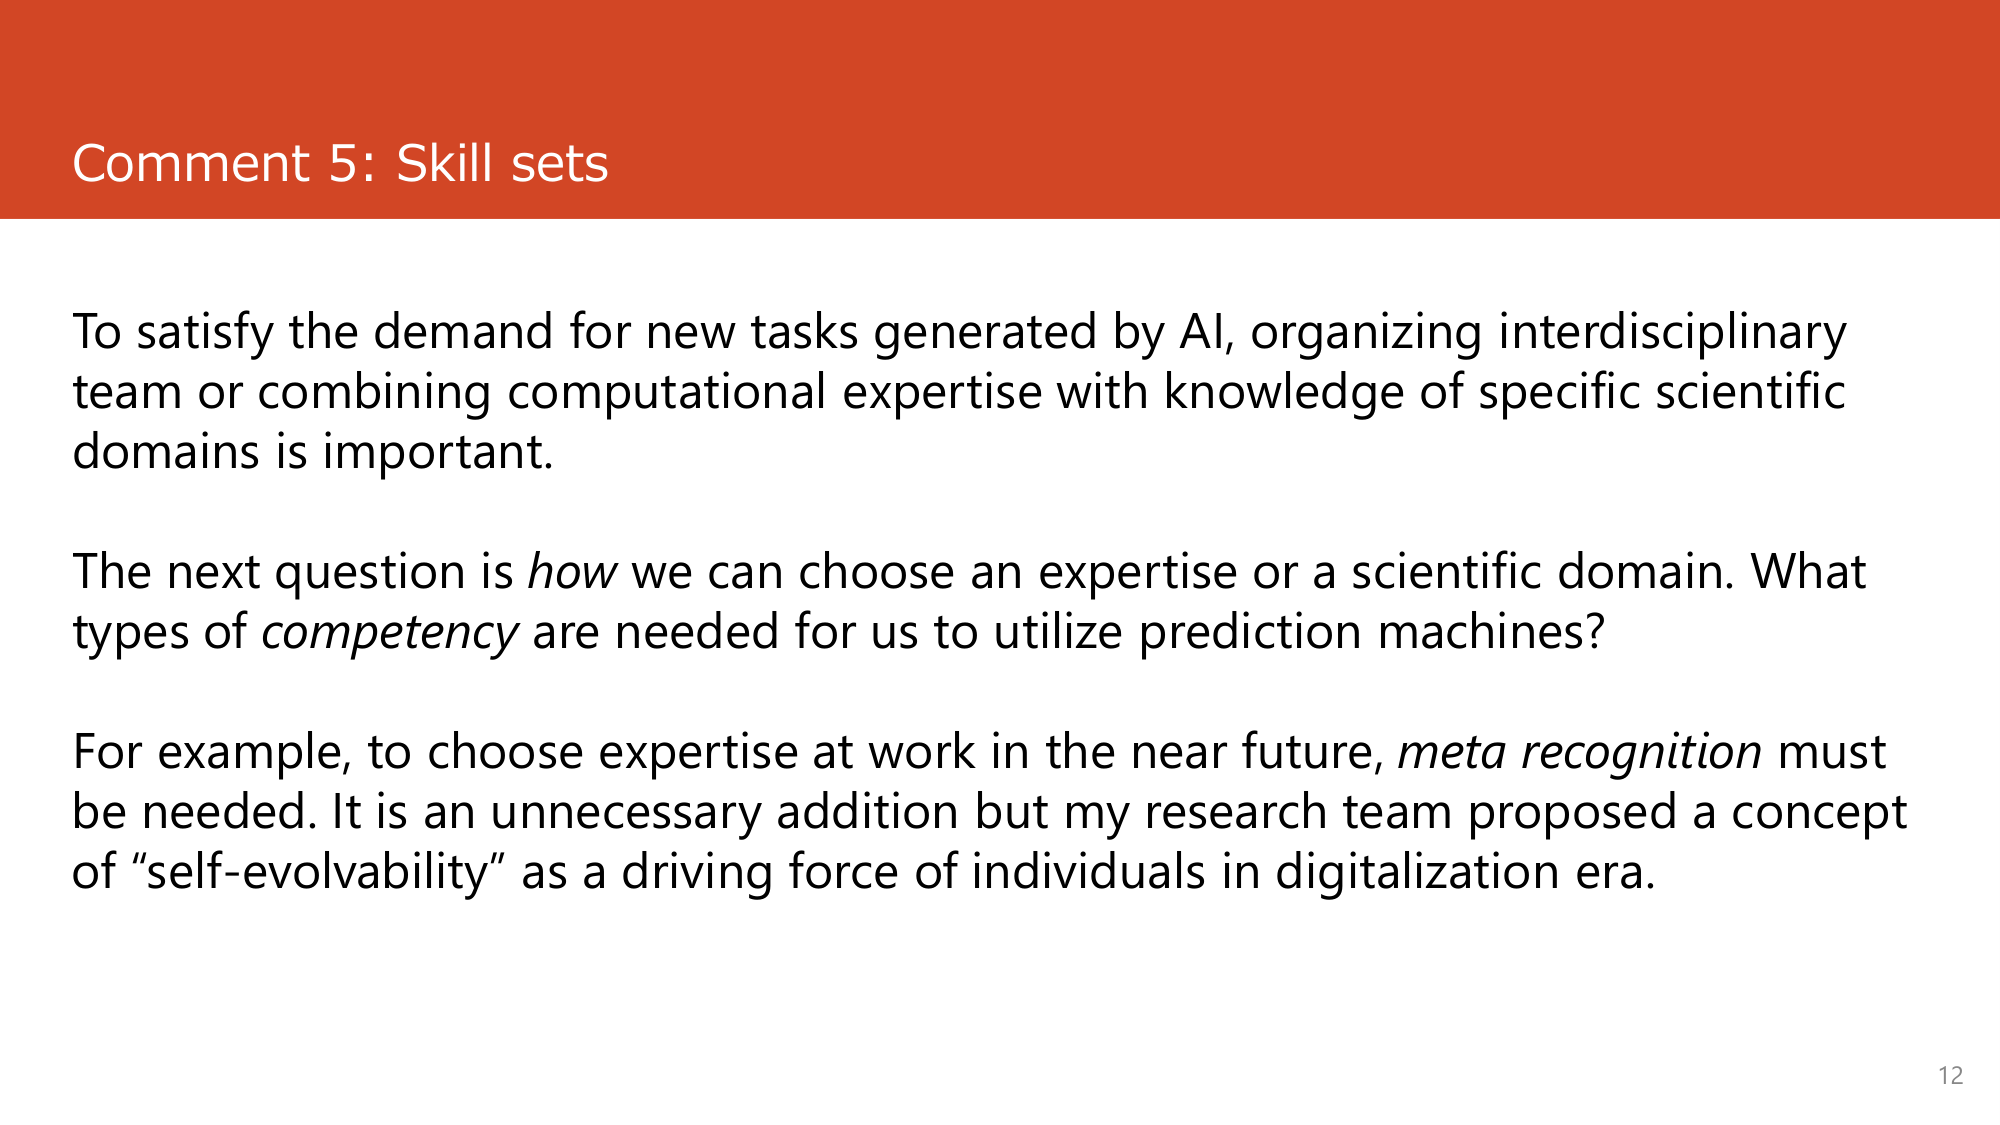
Comment 5: Skill sets

To satisfy the demand for new tasks generated by AI, organizing interdisciplinary team or combining computational expertise with knowledge of specific scientific domains is important.

The next question is how we can choose an expertise or a scientific domain. What types of competency are needed for us to utilize prediction machines?

For example, to choose expertise at work in the near future, meta recognition must be needed. It is an unnecessary addition but my research team proposed a concept of “self-evolvability” as a driving force of individuals in digitalization era.

12